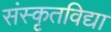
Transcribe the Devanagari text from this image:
संस्कृतविद्या